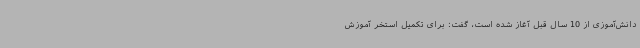
دانش‌آموزی از 10 سال قبل آغاز شده است، گفت: برای تکمیل استخر آموزش‌